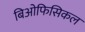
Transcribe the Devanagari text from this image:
बिओफिसिकल